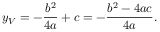
y _ { V } = - { \frac { b ^ { 2 } } { 4 a } } + c = - { \frac { b ^ { 2 } - 4 a c } { 4 a } } .